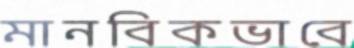
মানবিকভাবে